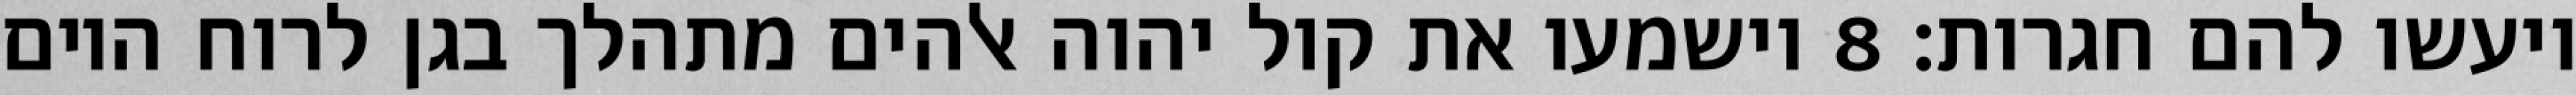
ויעשו להם חגרות׃ ‎8‏ וישמעו את קול יהוה אלהים מתהלך בגן לרוח היום